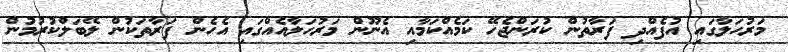
މަރުހަލާގައި އުފެއްދި ފަރާތުން ކުރަންޖެހޭ ކަމެއްކަމާއި އެނޫން މަރުހަލާއެއްގައި އެހެން ފަރާތަކުން ލޭބަލްކުރުމުން